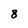
Character: 8